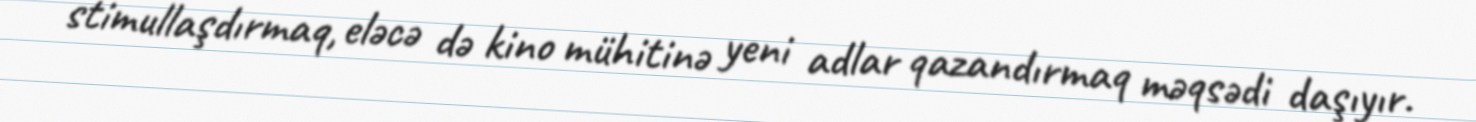
stimullaşdırmaq, eləcə də kino mühitinə yeni adlar qazandırmaq məqsədi daşıyır.